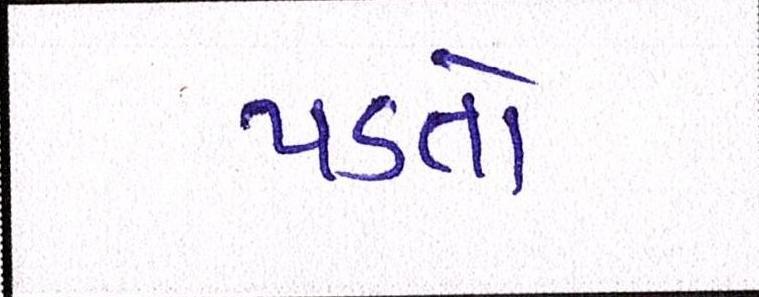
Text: પડતો